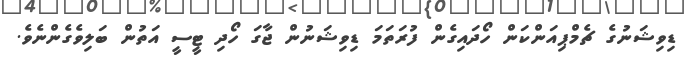
ޑިވިޝަނުގެ ޗެމްޕިއަންކަން ހޯދައިގެން ފުރަތަމަ ޑިވިޝަނުން ޖާގަ ހޯދި ޓީސީ އަތުން ބަލިވެގެންނެވެ.